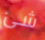
شئ